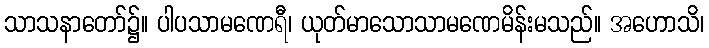
သာသနာတော်၌။ ပါပသာမဏေရီ၊ ယုတ်မာသောသာမဏေမိန်းမသည်။ အဟောသိ၊